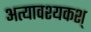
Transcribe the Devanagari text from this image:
अत्यावश्यकश्